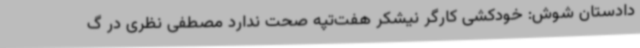
دادستان شوش: خودکشی کارگر نیشکر هفت‌تپه صحت ندارد مصطفی نظری در گ